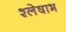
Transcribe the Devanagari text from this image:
श्लेषाभ